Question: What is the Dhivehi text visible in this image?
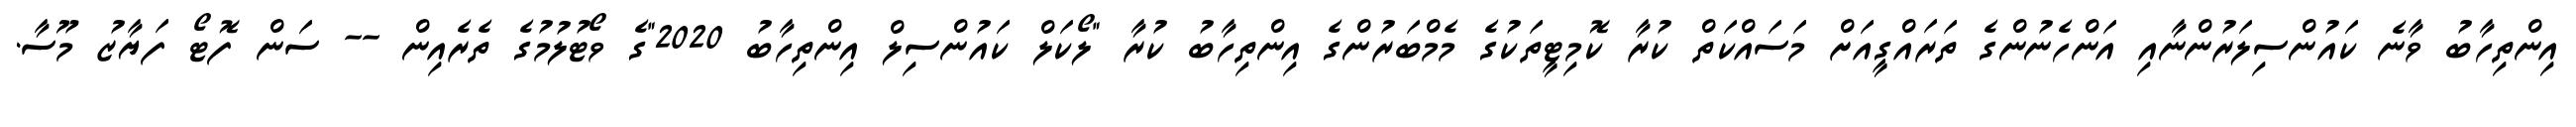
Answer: އިންތިހާބު ވާނެ ކައުންސިލަރުންނާއި އަންހެނުންގެ ތަރައްގީއަށް މަސައްކަތް ކުރާ ކޮމިޓީތަކުގެ މެމްބަރުންގެ އިންތިހާބު ކުރާ "ލޯކަލް ކައުންސިލް އިންތިހާބު 2020"ގެ ވޯޓުލުމުގެ ތެރެއިން -- ސަން ފޮޓޯ ފަޔާޒު މޫސާ.